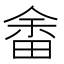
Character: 畬